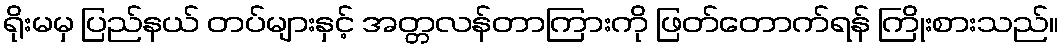
ရိုးမမှ ပြည်နယ် တပ်များနှင့် အတ္တလန်တာကြားကို ဖြတ်တောက်ရန် ကြိုးစားသည်။